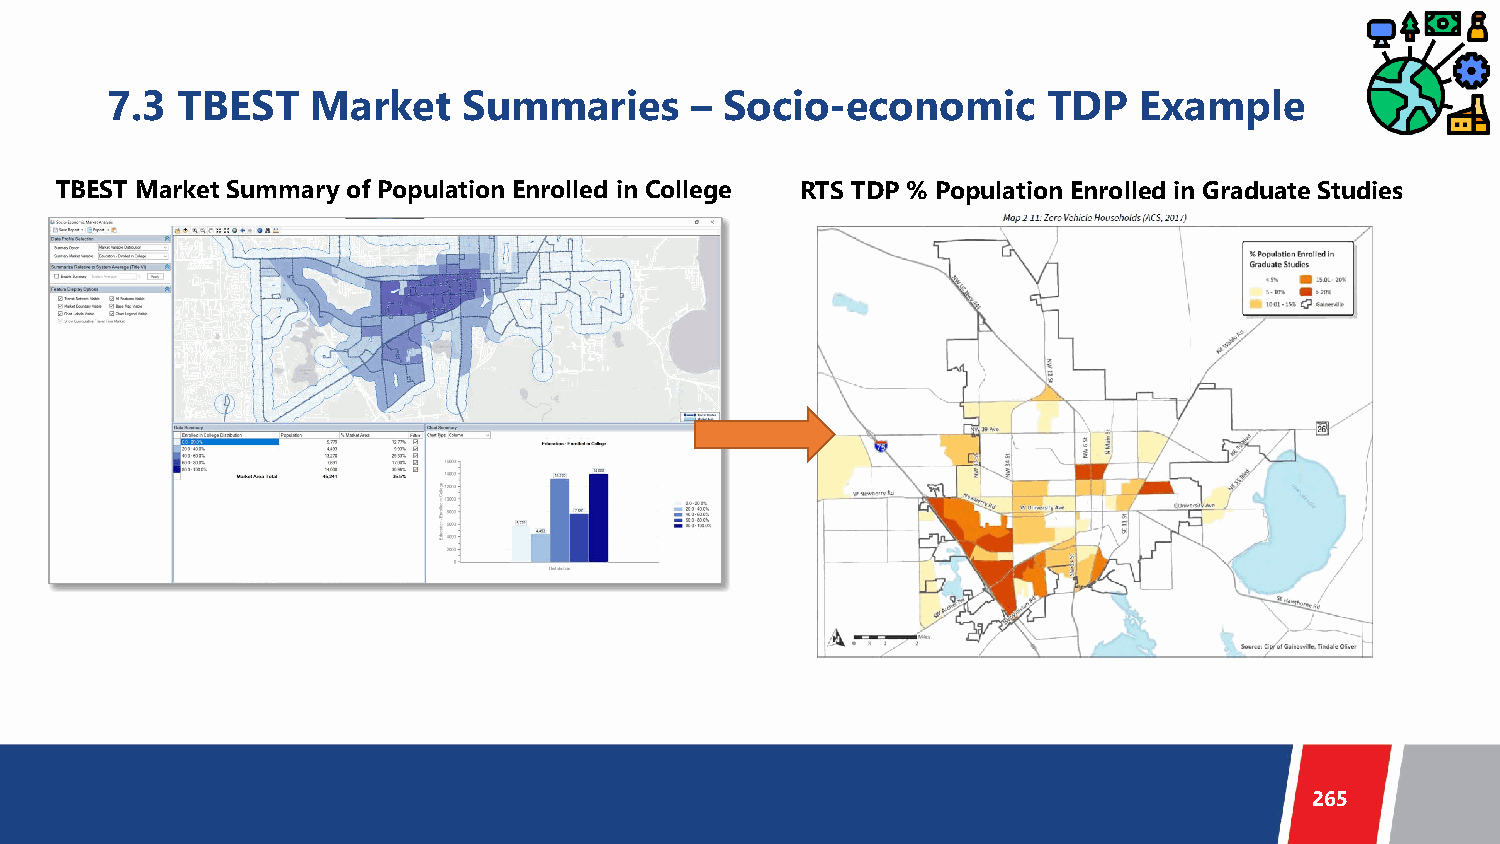
7.3  TBEST    Market    Summaries      – Socio-economic       TDP   Example
 TBEST Market Summary of Population Enrolled in College RTS TDP % Population Enrolled in Graduate Studies
 265